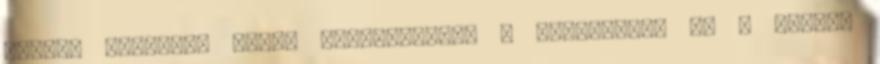
valaki igényli, tehet hiánysablont a vitalapra, az ő dolga.